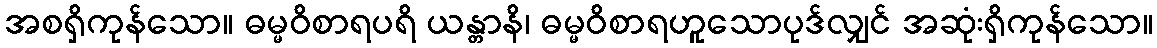
အစရှိကုန်သော။ ဓမ္မဝိစာရပရိ ယန္တာနိ၊ ဓမ္မဝိစာရဟူသောပုဒ်လျှင် အဆုံးရှိကုန်သော။